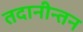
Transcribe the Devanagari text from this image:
तदानीन्तन